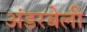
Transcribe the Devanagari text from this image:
अंडरबेली